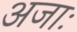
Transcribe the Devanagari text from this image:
अजाः